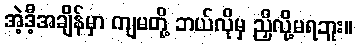
အဲ့ဒီ့အချိန်မှာ ကျမတို့ ဘယ်လိုမှ ညှိလို့မရဘူး။